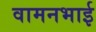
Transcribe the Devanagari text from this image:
वामनभाई